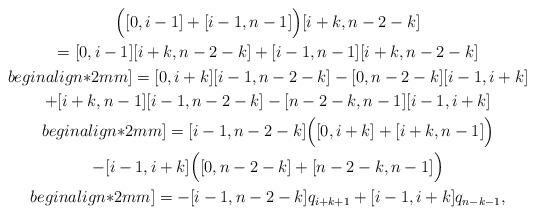
LaTeX: \begin{gather*}\Big( [0,i-1] + [i-1,n-1] \Big) [i+k,n-2-k] \\= [0,i-1][i+k,n-2-k] + [i-1,n-1][i+k,n-2-k] \\begin{align*}2mm]=[0,i+k][i-1,n-2-k] - [0,n-2-k][i-1,i+k] \\+ [i+k,n-1][i-1,n-2-k] - [n-2-k,n-1][i-1,i+k] \\begin{align*}2mm]= [i-1,n-2-k] \Big( [0,i+k]+[i+k,n-1] \Big) \\- [i-1,i+k] \Big( [0,n-2-k]+[n-2-k,n-1] \Big) \\begin{align*}2mm]= -[i-1,n-2-k] q_{i+k+1} + [i-1,i+k] q_{n-k-1},\end{gather*}